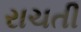
રાચતી